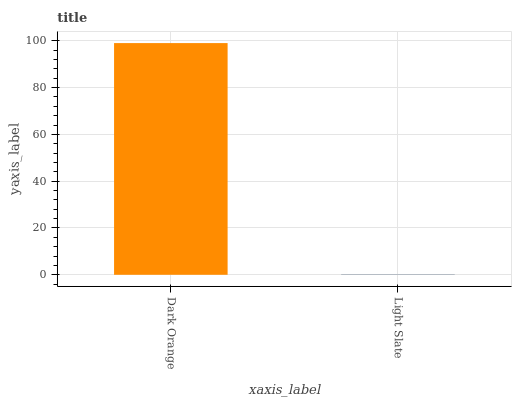
| xaxis_label | bars |
 | --- | --- |
 | Dark Orange | 99 |
 | Light Slate | 0.188 |